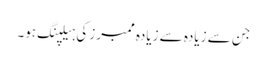
جن سے زیادہ سے زیادہ ممبرز کی ہیلپنگ ہو۔